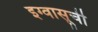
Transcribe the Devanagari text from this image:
इग्वासूची